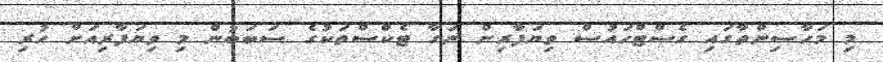
މި މަހާސިންތާގައި ގެސްޓްހައުސް ވިޔަފާރިން ނަގާ ޓެކްސްތަކުގެ ސަބަބުން މި ވިޔަފާރިއަށް ހުރި